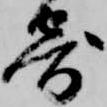
寄